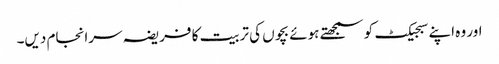
اور وہ اپنے سبجیکٹ کو سمجھتے ہوئے بچوں کی تربیت کا فریضہ سرانجام دیں۔